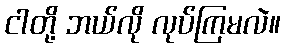
ငါတို့ ဘယ်လို လုပ်ကြမလဲ။